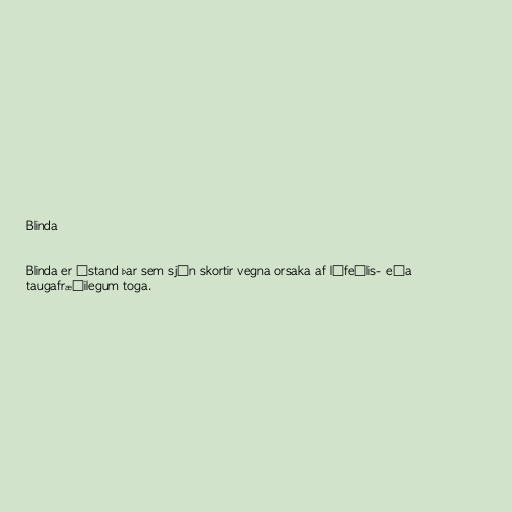
Blinda

Blinda er ástand þar sem sjón skortir vegna orsaka af lífeðlis- eða
taugafræðilegum toga.